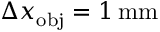
\Delta x _ { \mathrm { o b j } } = 1 \, \mathrm { m m }